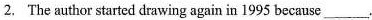
2. The author started drawing again in 1995 because___.